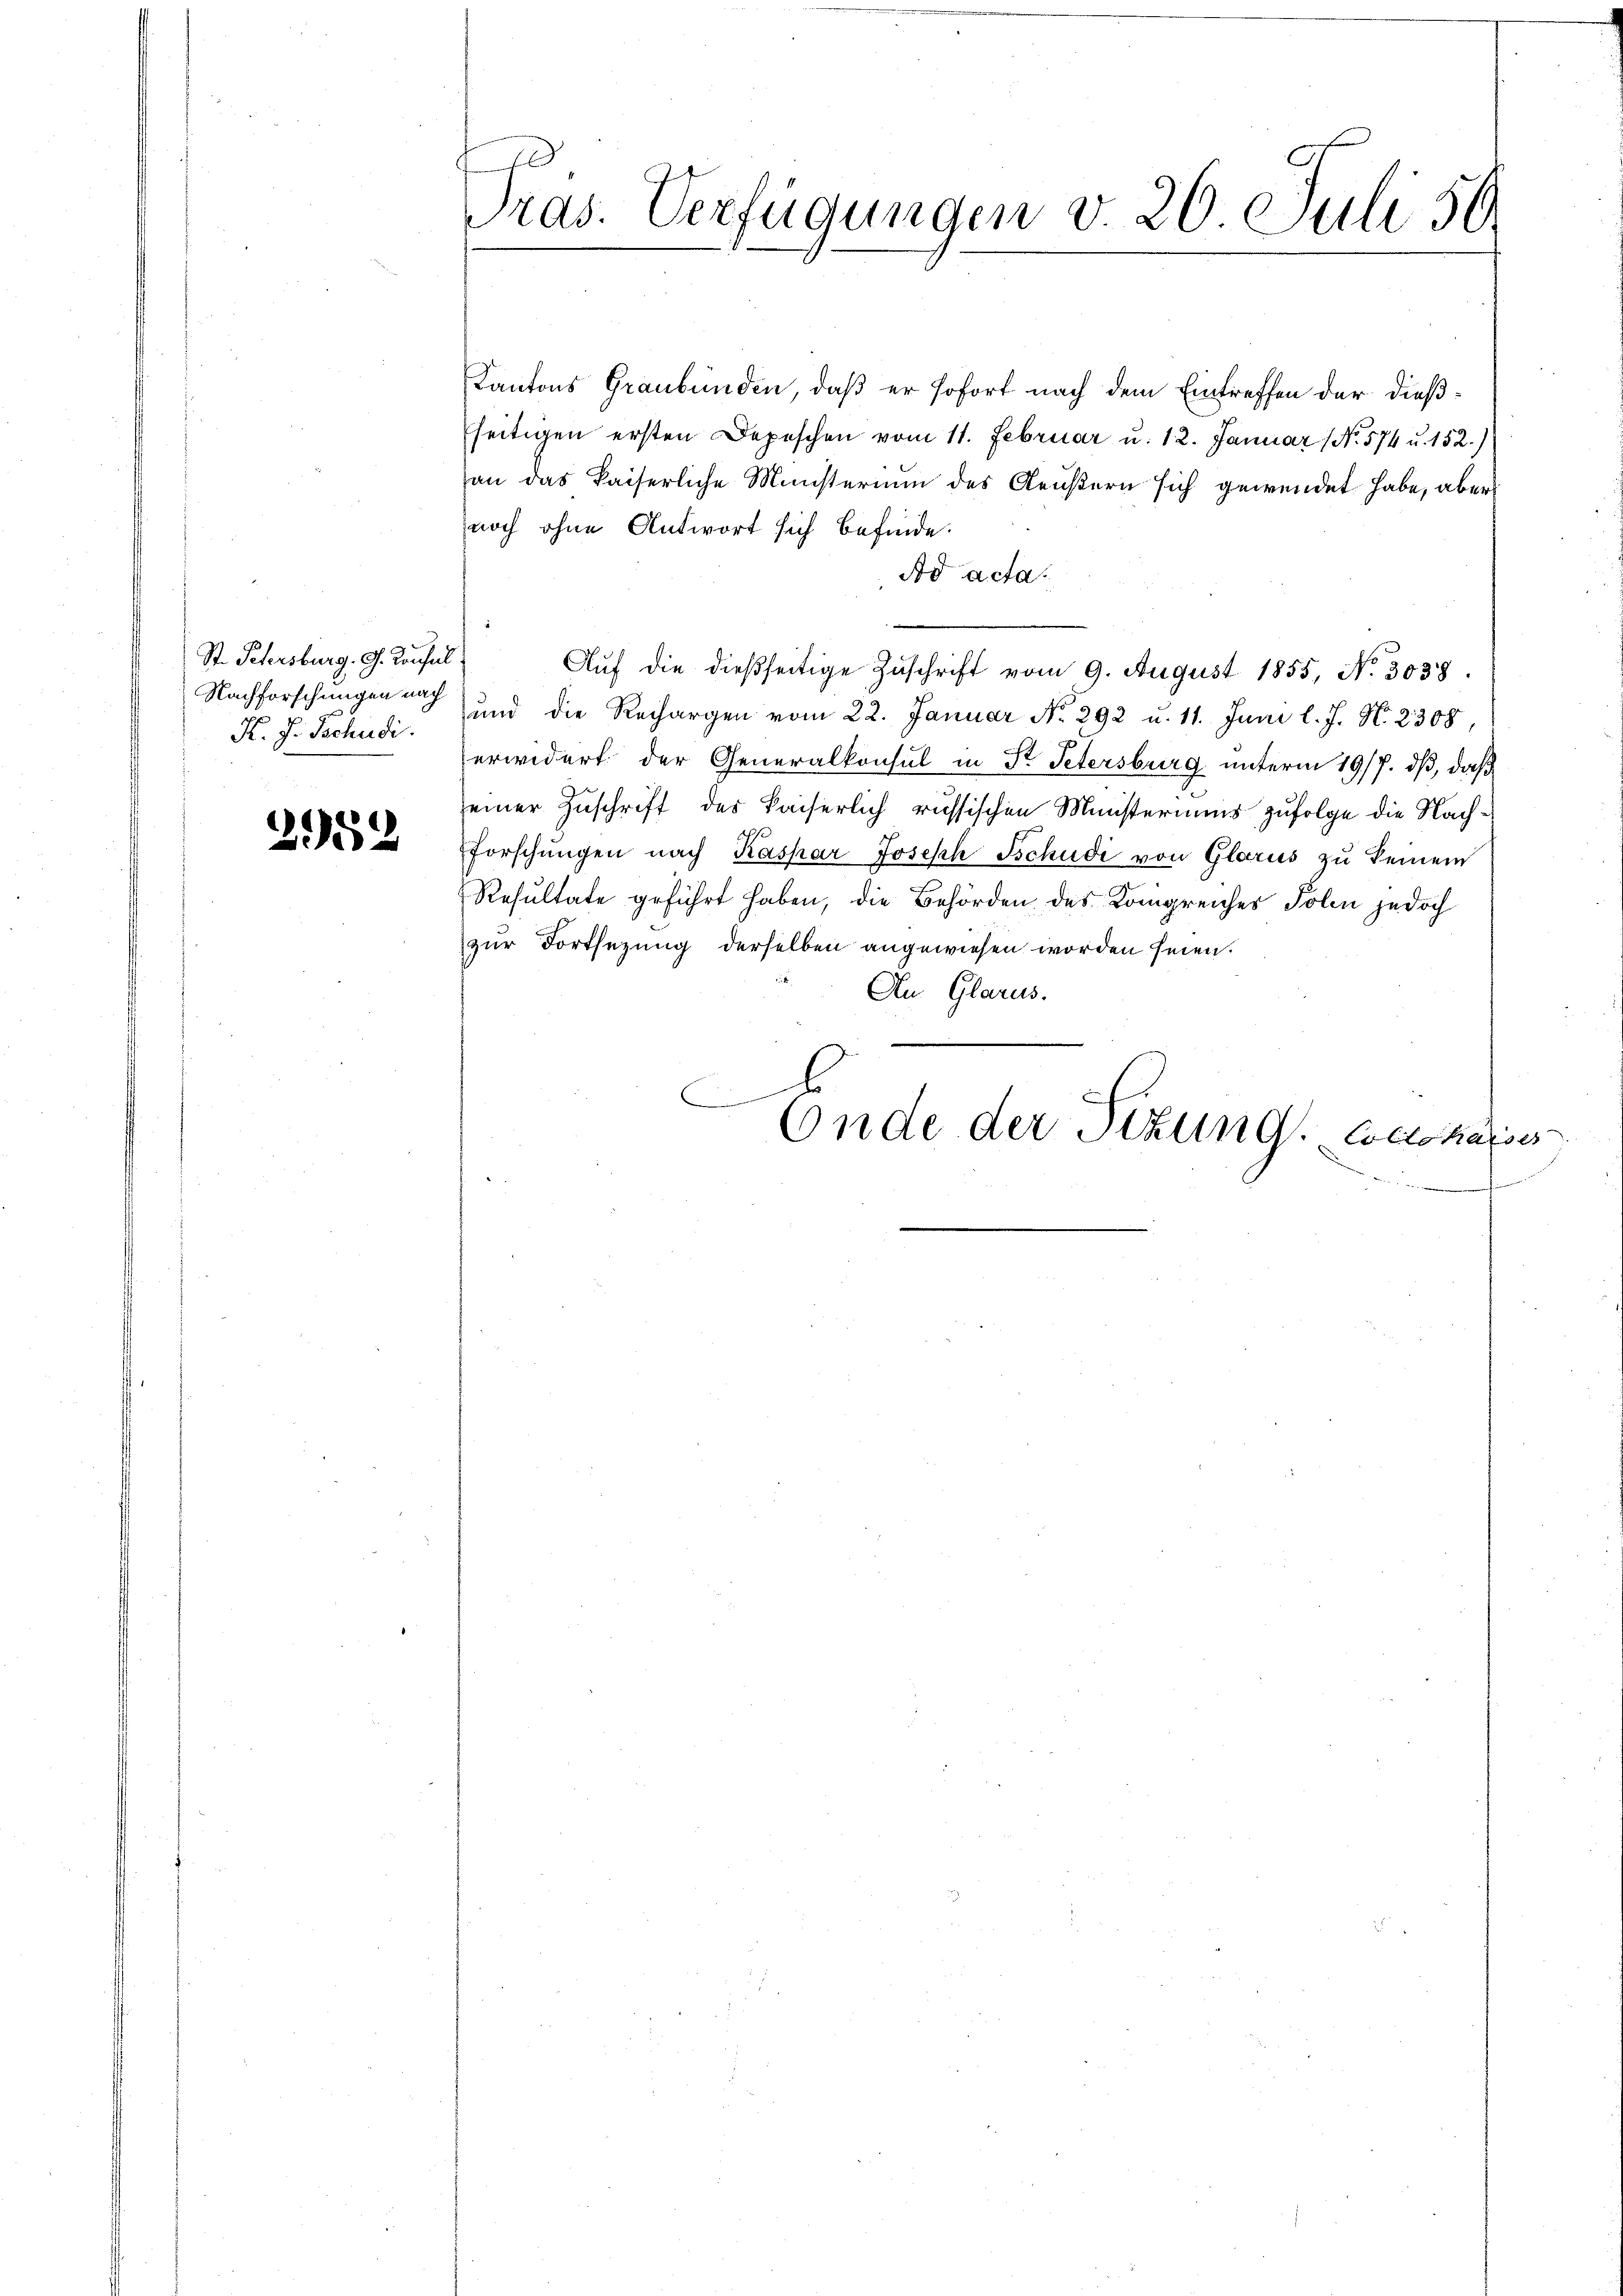
St. Petersburg. G. Konsul
K. J. Tschudi

352

Pras. Verfügungen v. 20 Juli 50.

Kantons Graubünden, daß er sofort nach dem Eintreffen der dießseitigen ersten Depeschen vom 11. Februar u. 12. Januar (No. 574 u. 152.)
an das kaiserliche Ministerium des Aeußern sich gewendet habe, aber
noch ohne Antwort sich befinde.
Ad acta.

Auf die dießseitige Zuschrift vom 9. August 1855, No 3038.
Nachforschungen auch und die Rechargen vom 22. Januar No. 292 u. 11. Juni l. J. N. 2308,
erwidert der Generalkonsul in Dr. Petersburg unterm 19/7. dβ, daß
seiner Zuschrift des Kaiserlich russischen Ministeriums zufolge die Nachforschŭngen nach Kaspar Joseph Tschudi von Glarus zu keinem
Resultate geführt haben, die Behörden des Kongreiches Polen jedoch
zur Fortsezung derselben angewiesen worden seien.
An Glarus.
.
Ende der Tizung Cocokassis